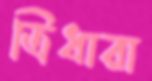
ত্রিধারা